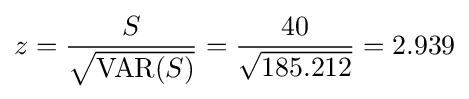
z={\frac {S}{\sqrt {\operatorname {VAR} (S)}}}={\frac {40}{\sqrt {185.212}}}=2.939